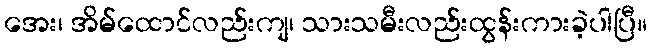
အေး၊ အိမ်ထောင်လည်းကျ၊ သားသမီးလည်းထွန်းကားခဲ့ပါပြီ။